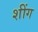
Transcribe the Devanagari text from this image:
शींग